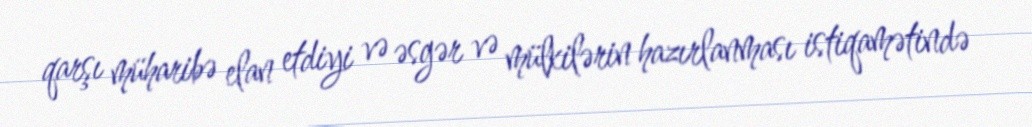
qarşı müharibə elan etdiyi və əsgər və mülkilərin hazırlanması istiqamətində